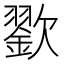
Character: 𣤪